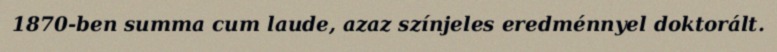
1870-ben summa cum laude, azaz színjeles eredménnyel doktorált.